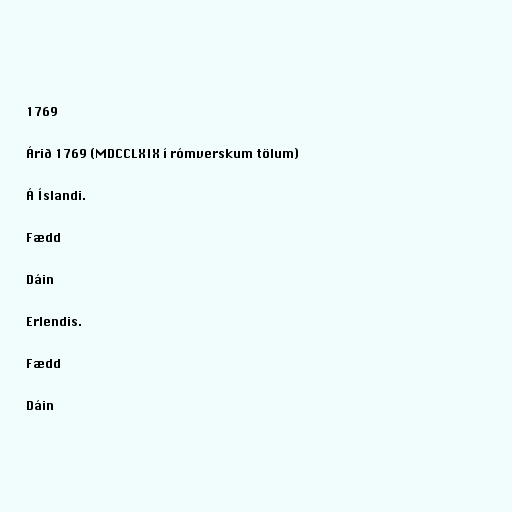
1769

Árið 1769 (MDCCLXIX í rómverskum tölum)

Á Íslandi.

Fædd

Dáin

Erlendis.

Fædd

Dáin